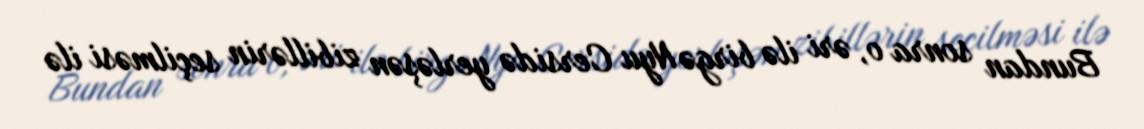
Bundan sonra o, əri ilə birgə Nyu Cersidə yerləşən zibillərin seçilməsi ilə